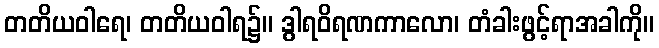
တတိယဝါရေ၊ တတိယဝါရ၌။ ဒွါရဝိရဏကာလော၊ တံခါးဖွင့်ရာအခါကို။